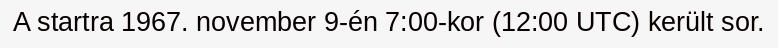
A startra 1967. november 9-én 7:00-kor (12:00 UTC) került sor.